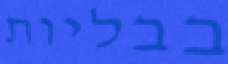
בבליות